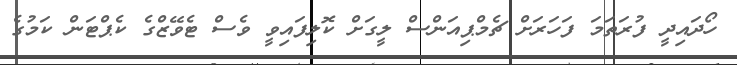
ހޯދައިދީ ފުރަތަމަ ފަހަރަށް ޗެމްޕިއަންސް ލީގަށް ކޮލިފައިވީ ވެސް ޓެވޭޒްގެ ކެޕްޓަން ކަމުގެ